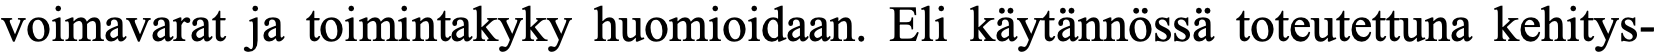
voimavarat ja toimintakyky huomioidaan. Eli käytännössä toteutettuna kehitys-